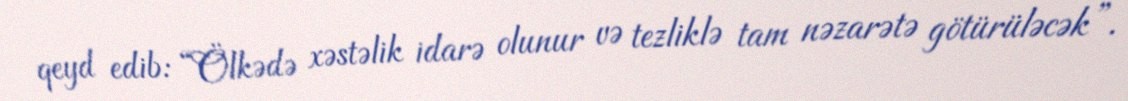
qeyd edib: “Ölkədə xəstəlik idarə olunur və tezliklə tam nəzarətə götürüləcək”.